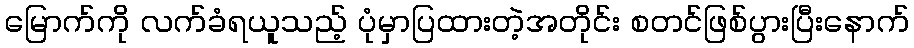
မြောက်ကို လက်ခံရယူသည့် ပုံမှာပြထားတဲ့အတိုင်း စတင်ဖြစ်ပွားပြီးနောက်